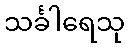
သင်္ခါရေသု